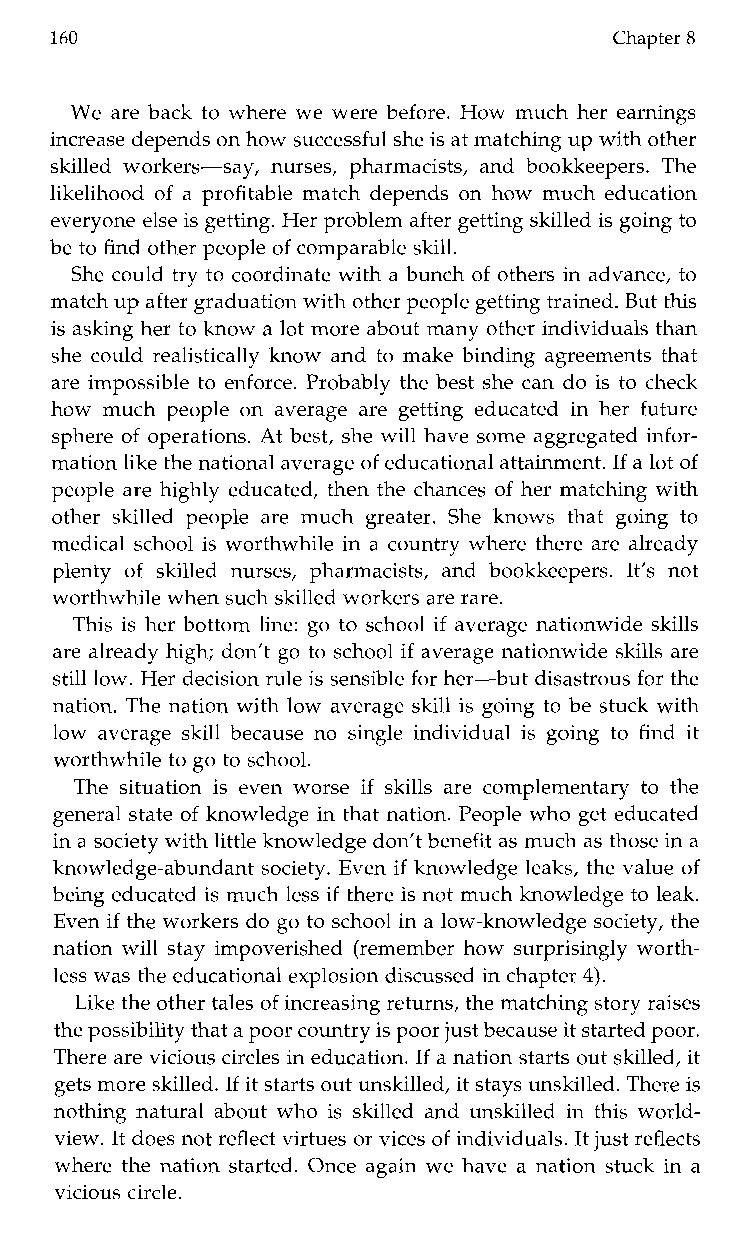
160                                   Chapter 8
 We are back to where we were before. How much her earnings
 increase depends on hows uccessful she is at matching up with other
 skilled workers-say, nurses,p harmacists, and bookkeepers. The
 likelihood of a profitable match depends on how much education
 everyone else is getting. Her problem after gettingsk illed is going to
 be to find other people of comparable skill.
 She could try to coordinate with a bunch of others in advance, to
 match up after graduation with other people getting traineBdu. t this
 is asking her to know a lot more about many other individuals than
 she could realistically know and to make binding agreements that
 are impossible to enforce. Probably the best she can do is to check
 how much people on average are getting educated in her future
 sphere of operations. At best, she will have some aggregated infor-
 mation like the national averageo f educational attainment. If a lot of
 people are highly educated, then the chances of her matching with
 other skilled peoplea rem uchg reater. She knowst hat going to
 medical school is worthwhile in a country where there are already
 plenty of skilled nurses,p harmacists, and bookkeepers. It’s not
 worthwhile when suchs killed workers are rare.
 This is her bottom line: go to school if average nationwide skills
 are already high; don’t go to school if average nationwide skills are
 still low. Her decision rule is sensible for her-but disastrous for the
 nation. The nation with low average skill is going to be stuck with
 low average skill because no single individual is going to find it
 worthwhile to go to school.
 The situation is even worse if skills are complementary to the
 general state of knowledge in that nation. People who get educated
 in a society with little knowledge don’t benefit as much as those ian
 knowledge-abundant society. Even if knowledge leaks, the value of
 being educated is much less if there is not much knowledge to leak.
 Even if the workers do go to school in a low-knowledge society, the
 nation will stay impoverished (remember how surprisingly worth-
 less was the educational explosion discussed in chapter 4).
 Like the other tales of increasing returns, the matching storyr aises
 the possibility that a poor countriys poor just because it started poor.
 There are vicious circles in education. If a nation starts out skilled, it
 gets more skilled. If it starts out unskilled, it stays unskilled. There is
 nothing natural about who is skilled and unskilled in this world-
 view. It does not reflect virtues or vices of individuals. It just reflects
 where the nation started. Once again we have a nation stuck in a
 vicious circle.